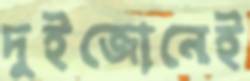
দুইজোনেই